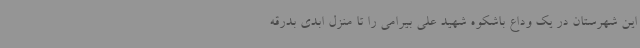
این شهرستان در یک وداع باشکوه شهید علی بیرامی را تا منزل ابدی بدرقه